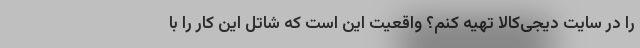
را در سایت دیجی‌کالا تهیه کنم؟ واقعیت این است که شاتل این کار را با